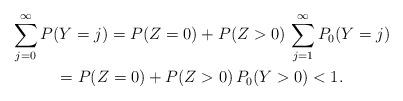
LaTeX: \begin{gather*}\sum_{j=0}^\infty P(Y=j)=P(Z=0)+P(Z>0)\,\sum_{j=1}^\infty P_0(Y=j)\\=P(Z=0)+P(Z>0)\,P_0(Y>0)<1.\end{gather*}